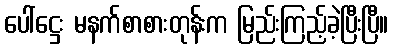
ပေါ်ဋ္ဌေး မနက်စာစားတုန်းက မြည်းကြည့်ခဲ့ပြီးပြီ။